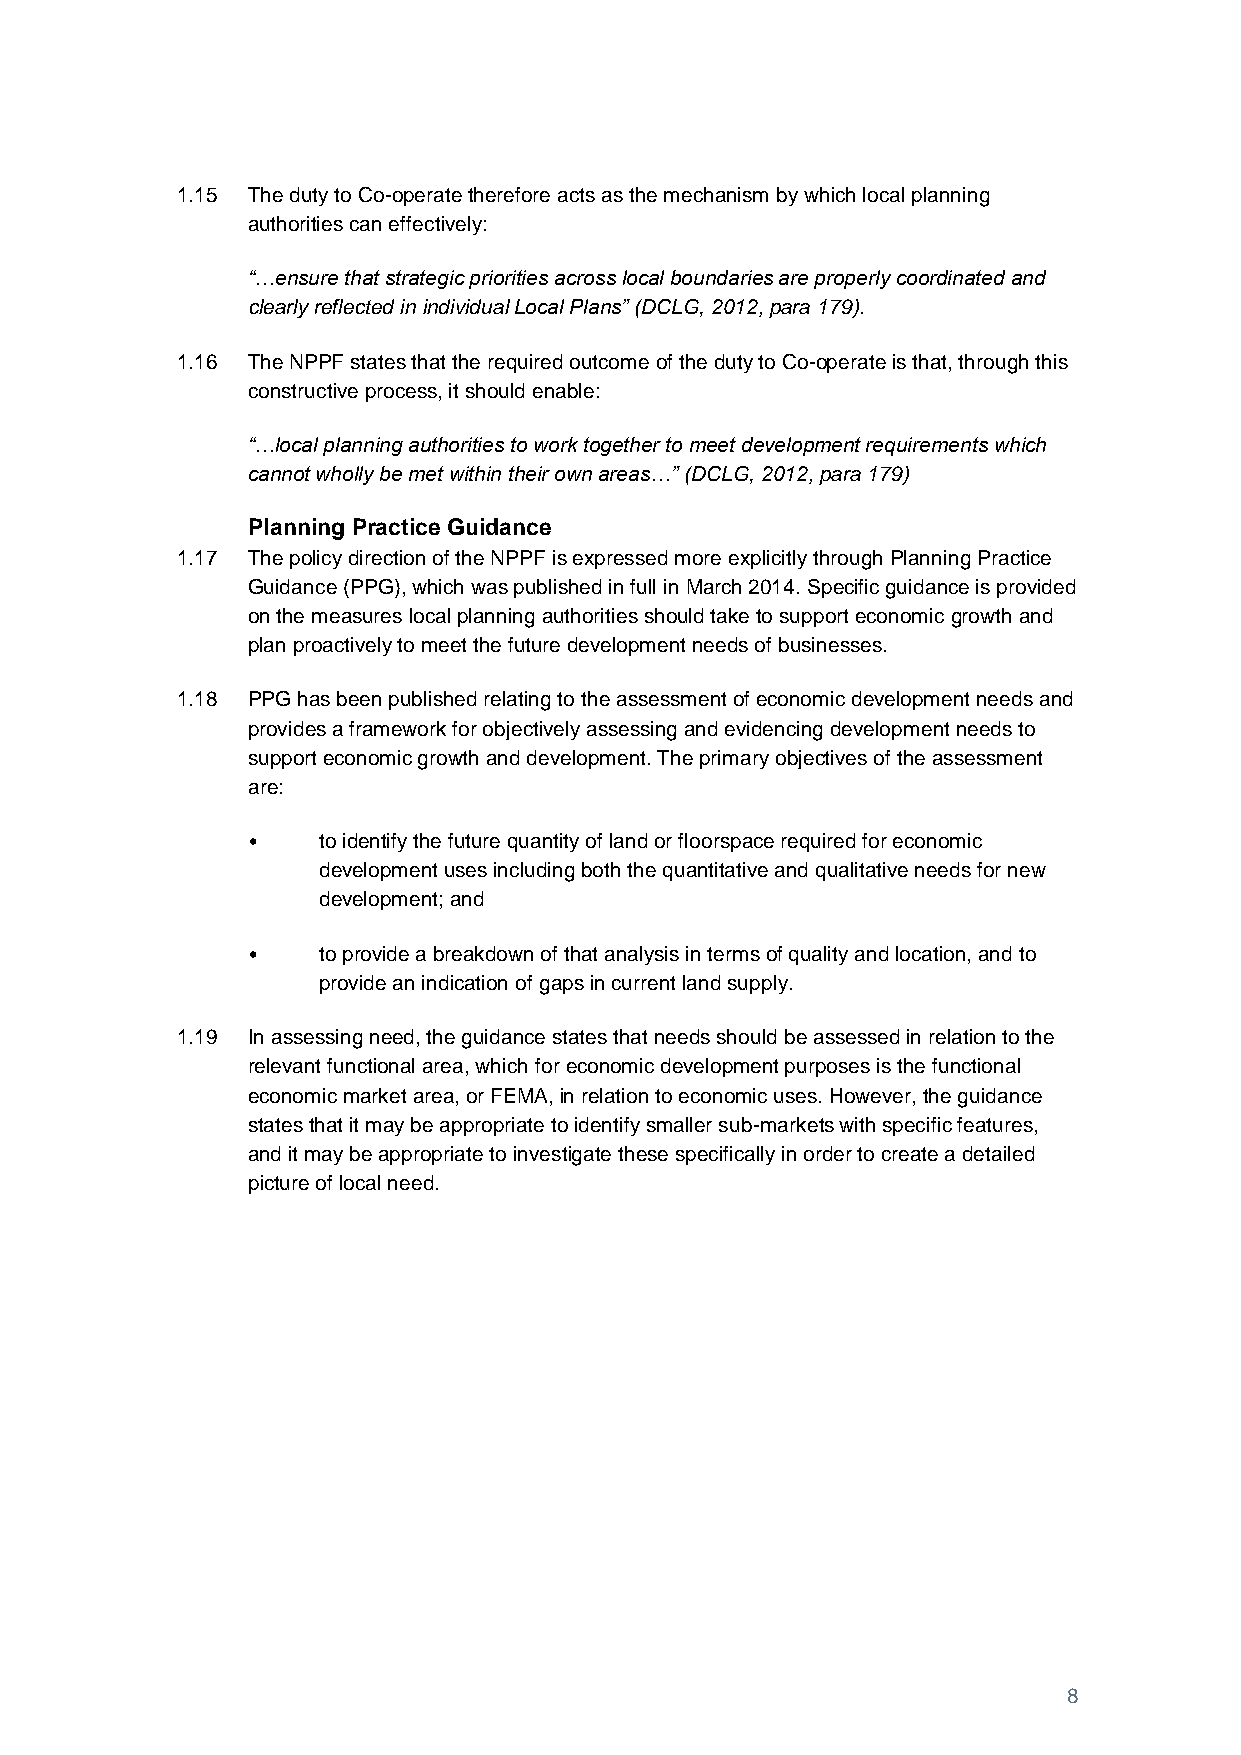
1.15 The duty to Co-operate therefore acts as the mechanism by which local planning
 authorities can effectively:
 “…ensure that strategic priorities across local boundaries are properly coordinated and
 clearly reflected in individual Local Plans” (DCLG, 2012, para 179).
 1.16 The NPPF states that the required outcome of the duty to Co-operate is that, through this
 constructive process, it should enable:
 “…local planning authorities to work together to meet development requirements which
 cannot wholly be met within their own areas…” (DCLG, 2012, para 179)
 Planning Practice Guidance
 1.17 The policy direction of the NPPF is expressed more explicitly through Planning Practice
 Guidance (PPG), which was published in full in March 2014. Specific guidance is provided
 on the measures local planning authorities should take to support economic growth and
 plan proactively to meet the future development needs of businesses.
 1.18 PPG has been published relating to the assessment of economic development needs and
 provides a framework for objectively assessing and evidencing development needs to
 support economic growth and development. The primary objectives of the assessment
 are:
 •    to identify the future quantity of land or floorspace required for economic
 development uses including both the quantitative and qualitative needs for new
 development; and
 •    to provide a breakdown of that analysis in terms of quality and location, and to
 provide an indication of gaps in current land supply.
 1.19 In assessing need, the guidance states that needs should be assessed in relation to the
 relevant functional area, which for economic development purposes is the functional
 economic market area, or FEMA, in relation to economic uses. However, the guidance
 states that it may be appropriate to identify smaller sub-markets with specific features,
 and it may be appropriate to investigate these specifically in order to create a detailed
 picture of local need.
 8